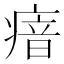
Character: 瘖